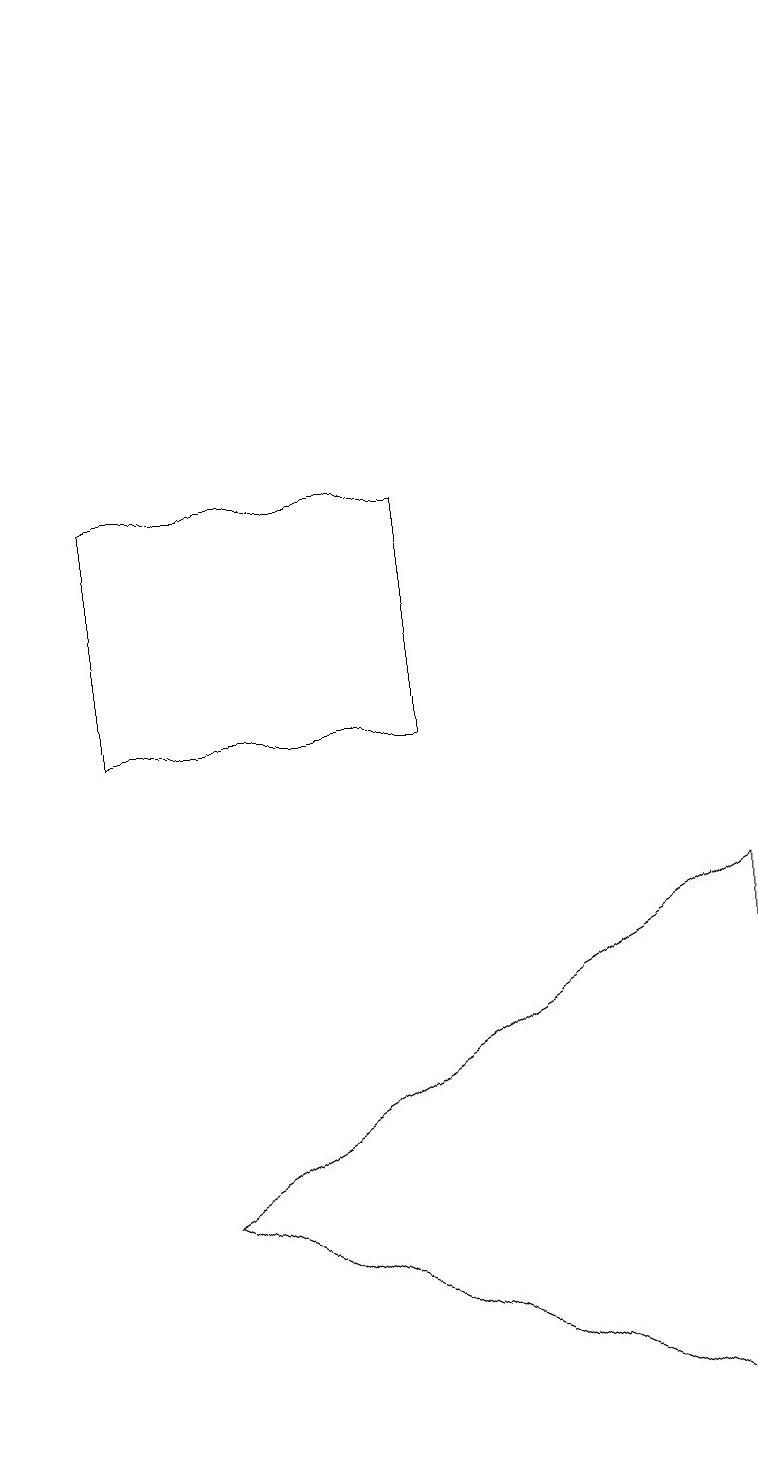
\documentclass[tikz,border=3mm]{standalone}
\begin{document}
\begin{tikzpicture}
\draw (5,10) rectangle (1,13);
\draw (9,8) -- (9,1) -- (2,4) -- cycle;
\draw[->] (0,15) -- (0,19);
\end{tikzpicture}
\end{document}